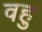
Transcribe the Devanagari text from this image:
वहु